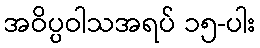
အဝိပ္ပဝါသအရပ် ၁၅-ပါး